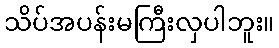
သိပ်အပန်းမကြီးလှပါဘူး။